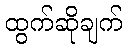
ထွက်ဆိုချက်